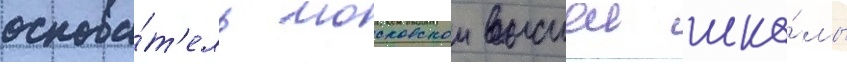
основа́т'ель московскои высшеи шко́лы